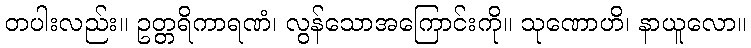
တပါးလည်း။ ဥတ္တရိကာရဏံ၊ လွန်သောအကြောင်းကို။ သုဏောဟိ၊ နာယူလော။